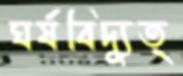
ঘর্ষবিদ্যুত্